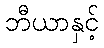
ဘီယာနှင့်